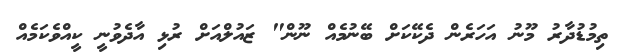
ތިމުޑުދާރު މޫނު އަހަރެން ދެކޭކަށް ބޭނުމެއް ނޫން" ޒައުލްއަށް ރުޅި އާދެވުނީ ކީއްވެކަމެއް